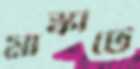
মাস্কাটে